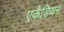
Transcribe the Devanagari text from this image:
एकैडियन